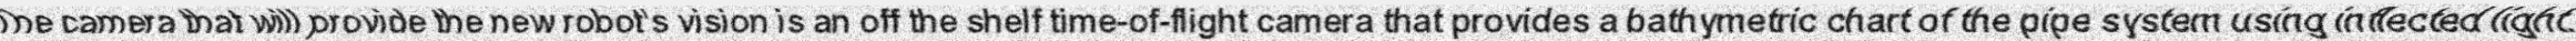
The camera that will provide the new robot's vision is an off the shelf time-of-flight camera that provides a bathymetric chart of the pipe system using inflected light.